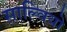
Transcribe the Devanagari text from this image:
साल्वियो